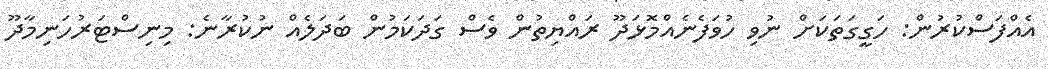
އެއްފަސްކުރުން: ހަގީގަތަކަށް ނުވި ހުވަފެނެއްމޮޅަދޫ ރައްޔިތުން ވެސް ގަދަކަމުން ބަދަލެއް ނުކުރާނެ: މިނިސްޓަރުހަނިމާދޫ